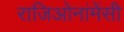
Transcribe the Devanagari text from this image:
राजिओनांमेंसी